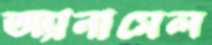
অ্যানামেল